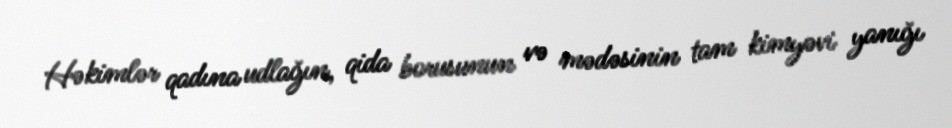
Həkimlər qadına udlağın, qida borusunun və mədəsinin tam kimyəvi yanığı